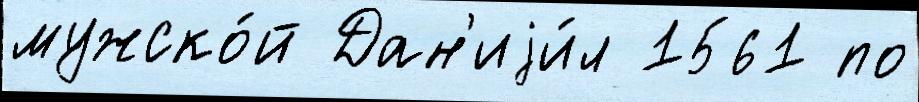
мужско́й Дан'иjи́л 1561 по